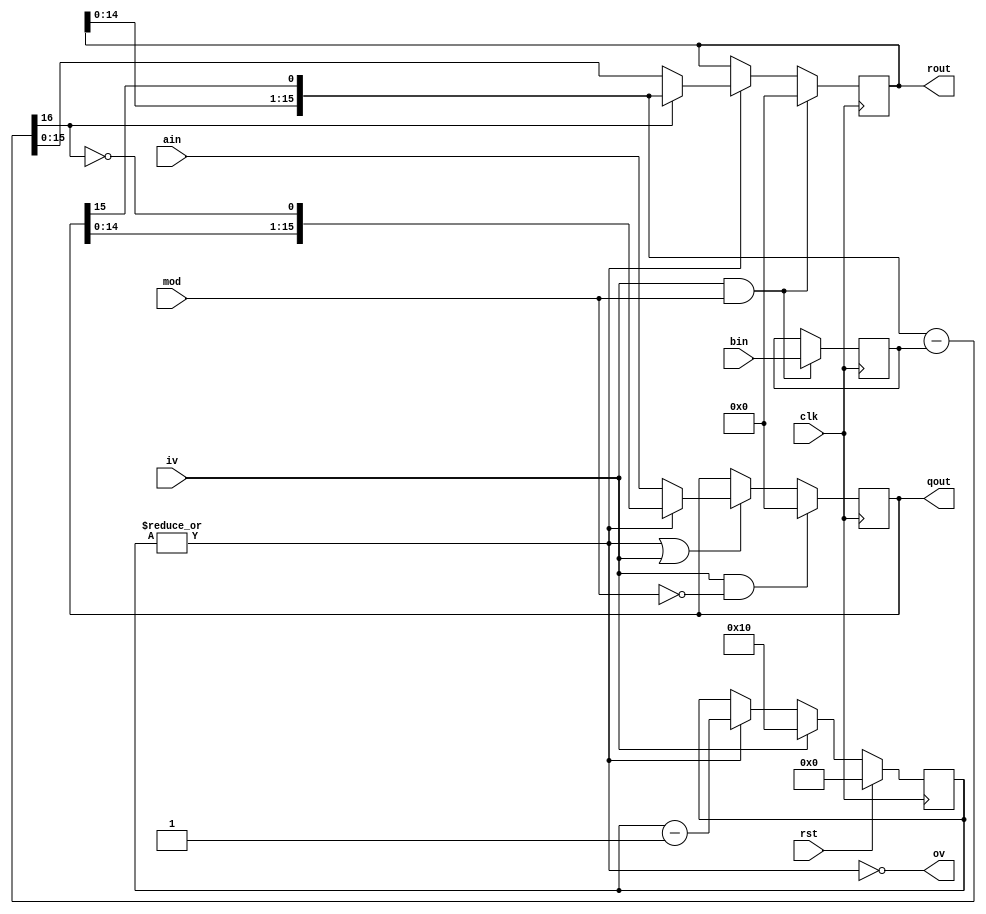
//
//				div16a.v - Divide unsigned number by unsigned number
//
// 				(C) Copyright 2006-2008 John B. Stephensen
//
// This Verilog source file and all its derivatives are licensed only for
// personal non-profit educational use in the Amateur Radio Service and
// the license is not transferrable. The information is provided as-is for
// experimental purposes and the author does not warranty its freedom
// from defects or its suitability for any specific application.
//
// The dividend and divisor are loaded when IV and MOD are true. On each
// successive clock after IV is asserted, the divisor (B) is subtracted
// from the upper half of the dividend shift register (A) if the result
// will be positive. The result is shifted left by one bit and a one
// shifted into the quotient register (Q) if the subtraction succeeded.
// When the calculation is complete, Q contains the integer quotient
// and the most significant 16 bits of A contain the integer remainder.
// If IV is asserted with MOD low, the calculation continuues and 16
// fractional quotient bits are generated in Q. 
//
// Multiplexers are explicitly instantated to reduce the number of slices used.
//
// S3E: 41 slices used. 160 MHz maximum clock speed. 17 clock delay.
// S6: 63 LUTs and 54 registers used. 165 MHz maximum clock speed. 17 clock delay. (MUX2X16S)
// S6: 62 LUTs and 59 registers used. 215 MHz maximum clock speed. 17 clock delay.
//
// Normal Warnings:
//		none
//
// Revision History:
//		12-8-10	eliminated truncation warning for bit counter in Spartan-6
//		12-23-10	use inferred adder/subtractor.
//
module div16a(ain, bin, mod, iv, qout, rout, ov, clk, rst);
    input [15:0] ain,bin;	// dividend and divisor input
	 input mod;					// 1=integer remainder, 0=fractional remainder
    input iv;					// inputs valid
    output [15:0] qout;		// quotient
    output [15:0] rout;		// remainder
    output ov;					// quotient and remainder valid
	 input clk;					// master clock
	 input rst;					// master reset
// Internal signals
wire[15:0] d;			// dividend less divisor
wire s;					// sign of above
reg [15:0] a;			// dividend shift register
reg [15:0] r;			// remainder shift register
//wire [15:0] a;			// dividend shift register
//wire [15:0] r;			// remainder shift register
reg [15:0] b;			// divisor register
reg [5:0] c;			// bit counter
wire nz;					// bit counter not zero
// control logic
always @ (posedge clk)
begin
	// bit counter 
	if (rst) c <= 0;
	else if (iv) c <= 16;				// set to word length
	else if (nz) c <= c - 6'b000001;	// then count down to 0
	// load divisor register
	if (iv & mod) b <= bin;
end
assign nz = |c;
// subtract divisor from shifted dividend
assign {s,d} = {r[14:0],a[15]} - b;
always @ (posedge clk)
begin
	if (iv & mod) r <= 0;	// reset when dividend loaded
	else if (nz) r <= s ? {r[14:0],a[15]} : d;	// ignore subtraction if result negative
	if (iv & ~mod) a <= 0;	// reset when dividend loaded
	else if (nz|iv) a <= nz ? {a[14:0],~s} : ain;	// select load or shift
end
// connect output
assign qout = a;	// quotient
assign rout = r;	// remainder
assign ov = ~nz;
endmodule